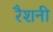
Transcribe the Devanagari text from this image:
रैशनी